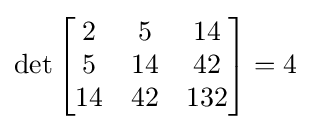
\det {\begin{bmatrix}2&5&14\\5&14&42\\14&42&132\end{bmatrix}}=4